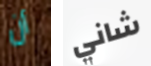
أن شاني